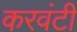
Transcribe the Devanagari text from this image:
करवंटी